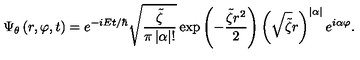
\Psi _ { \theta } \left( r , \varphi , t \right) = e ^ { - i E t / \hbar } \sqrt { \frac { \tilde { \zeta } } { \pi \left| \alpha \right| ! } } \exp \left( - \frac { \tilde { \zeta } r ^ { 2 } } { 2 } \right) \left( \sqrt { \tilde { \zeta } } r \right) ^ { \left| \alpha \right| } e ^ { i \alpha \varphi } .